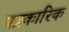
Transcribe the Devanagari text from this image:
पत्रकारिक